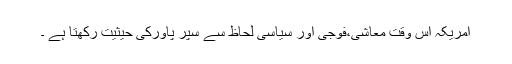
امریکہ اس وقت معاشی،فوجی اور سیاسی لحاظ سے سپر پاورکی حیثیت رکھتا ہے ۔